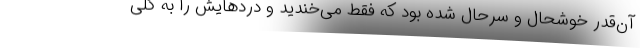
آن‌قدر خوشحال و سرحال شده بود که فقط می‌خندید و دردهایش را به کلی